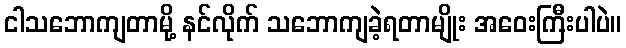
ငါသဘောကျတာမို့ နင်လိုက် သဘောကျခဲ့ရတာမျိုး အဝေးကြီးပါပဲ။